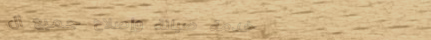
خدمة صيانة وإصلاح جميع ال